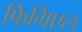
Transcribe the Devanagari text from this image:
फिगिएल